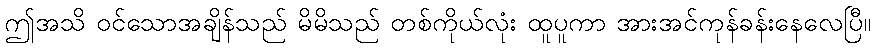
ဤအသိ ဝင်သောအချိန်သည် မိမိသည် တစ်ကိုယ်လုံး ထူပူကာ အားအင်ကုန်ခန်းနေလေပြီ။